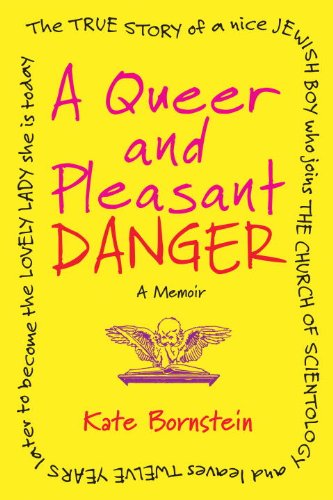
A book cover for A Queer and Pleasant Danger: The true story of a nice Jewish boy who joins the Church of Scientology, and leaves twelve years later to become the lovely lady she is today; Kate Bornstein; Gay & Lesbian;